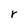
Character: r